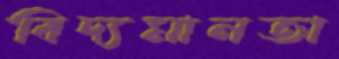
বিদ্যমানতা